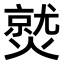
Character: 𤎼